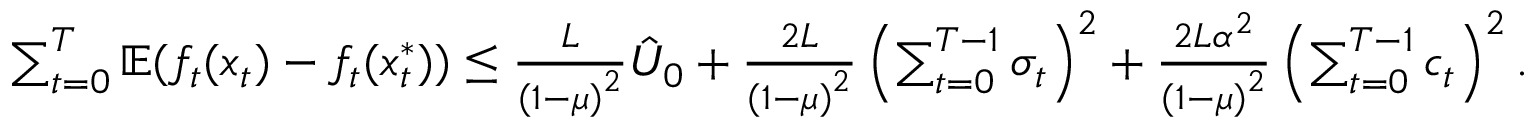
\begin{array} { r } { \sum _ { t = 0 } ^ { T } \mathbb { E } ( f _ { t } ( x _ { t } ) - f _ { t } ( x _ { t } ^ { * } ) ) \leq \frac { L } { \left( 1 - \mu \right) ^ { 2 } } \hat { U } _ { 0 } + \frac { 2 L } { \left( 1 - \mu \right) ^ { 2 } } \left( \sum _ { t = 0 } ^ { T - 1 } \sigma _ { t } \right) ^ { 2 } + \frac { 2 L \alpha ^ { 2 } } { \left( 1 - \mu \right) ^ { 2 } } \left( \sum _ { t = 0 } ^ { T - 1 } c _ { t } \right) ^ { 2 } . } \end{array}